Medical and sanitary report of the native army of Bengal for the year
Year: 1878
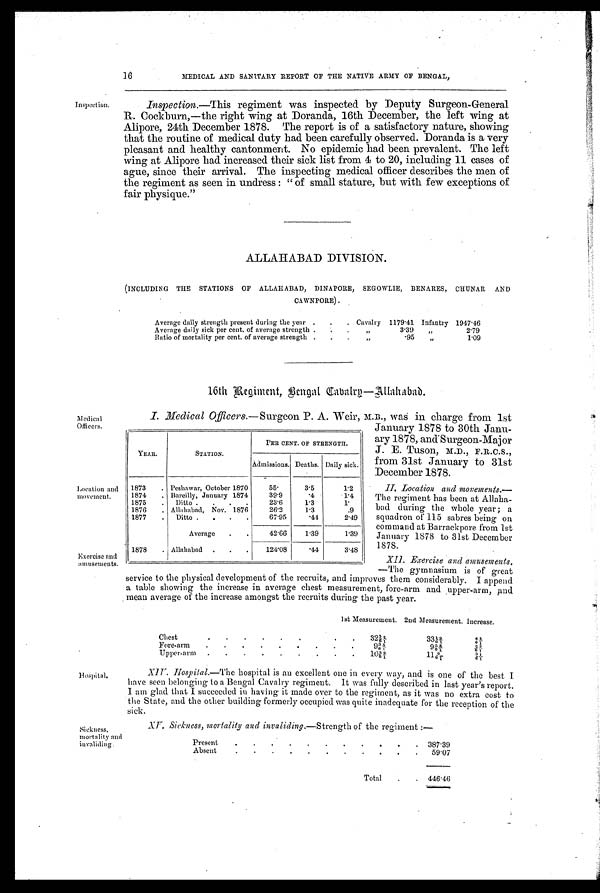
Inspection.
16 MEDICAL AND SANITARY REPORT OF THE NATIVE ARMY OF BENGAL,
Inspection. —This regiment was inspected by Deputy Surgeon-General
R. Cockburn,—the right wing at Doranda, 16th December, the left wing at
Alipore, 24th December 1878. The report is of a satisfactory nature, showing
that the routine of medical duty had been carefully observed. Doranda is a very
pleasant and healthy cantonment. No epidemic had been prevalent. The left
wing at Alipore had increased their sick list from 4 to 20, including 11 cases of
ague, since their arrival. The inspecting medical officer describes the men of
the regiment as seen in undress : " of small stature, but with few exceptions of
fair physique."
Medical
Officers.
Location and
movement.
Exercise and
amusements.
ALLAHABAD DIVISION.
(INCLUDING THE STATIONS OF ALLAHABAD, DINAPORE, SEGOWLIE, BENARES , CHUNAR AND
CAWNFORE) .
Average daily strength present during the year . . . Cavalry 1179.41 Infantry 1947.46
Average daily sick per cent. of average strength . .
.
,,
3.39 , ,
2.79
Ratio of mortality per cent. of average strength . .
. ,,
.95 , ,
1.09
16th Regiment, Bengal Cavalry—Allahabad.
I. Medical Officers. —Surgeon P. A. Weir, M.B., was in charge from 1st
January 1878 to 30th Janu
-ary 1878, and-Surgeon-Major
J. E. Tuson, M.D., F.R.C.S.,
from 31st January to 31st
December 1878.
II. Location and movements.
— T h e r e g i m e n t h a s b e e n a t A l l a h a
-bad during the whole year; a
squadron of 115 sabres being on
command at Barrackpore from 1st
January 1878 to 31st December
1878.
XII. Exercise and amusements.
—The gymnasium is of great
service to the physical development of the recruits, and improves them considerably. I append
a table showing the increase in average chest measurement, fore-arm and upper-arm,
and mean average of the increase amongst the recruits during the past year.
1st Measurement. 2nd Measurement. Increase.
Chest.
. . . . . .
323/ 6 2/ 1
3 3 1 / 6 9 / 1
4 / 6 8 / 1
Fore-arm
.
.
.
.
.
.
.
.
9 3 / 6 5 / 1
9 5 / 6 8 / 1
2 / 6 3 / 1
Upper-arm . .
.
.
.
.
. 103/6 9/1
1 1 9 / 6 1
3 / 6 1 / 1
YEAR.
STATION.
PER CENT. OF STRENGTH.
Admissions. Deaths. Daily sick.
1873 . Peshawar, October 1870
55.
3.5
1.2
1874 . Bareilly, January 1874
39.9
.4
1.4
1875 . Ditto . . . .
23.6
1.3
1.
1876 . Allahabad, Nov. 1876
26.2
1.3
.9
1877 . Ditto . . . .
67.95
.44
2.49
Average . .
42.66
1.39
1.39
1878 . Allahabad . . .
124.08
.44
3.48
Hospital.
Sickness,
mortality and
invaliding
Hospital.—The hospital is an excellent one in every way, and is one of the best I
have seen belonging to a Bengal Cavalry regiment. It was fully described in last year's report.
I am glad that I succeeded in having it made over to the regiment, as it was no extra cost to
the State, and the other building formerly occupied was quite inadequate for the reception of the
sick.
XV. Sickness, mortality and invaliding. —Strength of the regiment :—
Present
, .
.
.
.
.
. .
.
.
. 387.39
Absent
.
.
.
. .
. .
. . .
. 59.07
Total
.
. 446.46